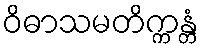
ဝိဓာသမတိက္ကန္တံ